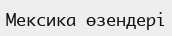
Мексика өзендері